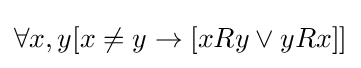
\forall x,y[x\neq y\rightarrow [xRy\vee yRx]]